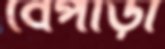
বেপাড়া